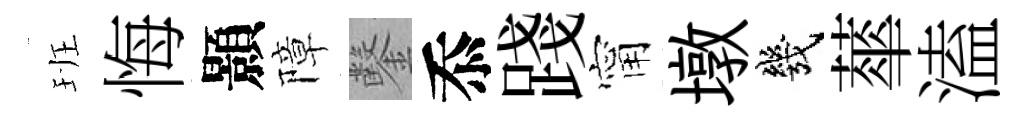
班悔顥障鑿忝踐甯墩幾蕐溘